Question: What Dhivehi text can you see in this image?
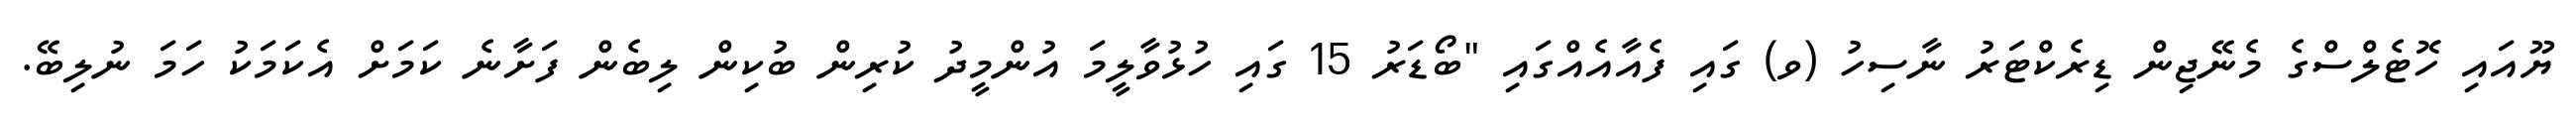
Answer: ޔޫއައި ހޮޓެލްސްގެ މެނޭޖިން ޑިރެކްޓަރު ނާސިހު (ވ) ގައި ފެއާއެއްގައި "ބޯޑަރު 15 ގައި ހުޅުވާލީމަ އުންމީދު ކުރިން ބުކިން ލިބެން ފަށާނެ ކަމަށް އެކަމަކު ހަމަ ނުލިބޭ.